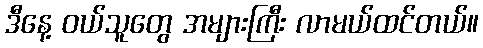
ဒီနေ့ ဝယ်သူတွေ အများကြီး လာမယ်ထင်တယ်။